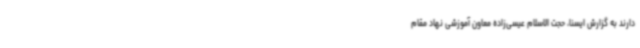
دارند به گزارش ایسنا، حجت الاسلام عیسی‌زاده معاون آموزشی نهاد مقام